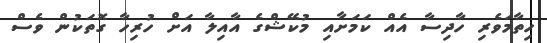
ހިތާމަވެރި ހާދިސާ އެއް ކަމަށާއި މުކޭޝްގެ އާއިލާ އަށް ހުރިހާ ގޮތަކުން ވެސް